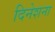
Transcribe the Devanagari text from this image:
दिनेशना